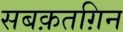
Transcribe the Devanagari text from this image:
सबक़तग़िन